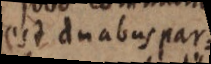
est duabus par